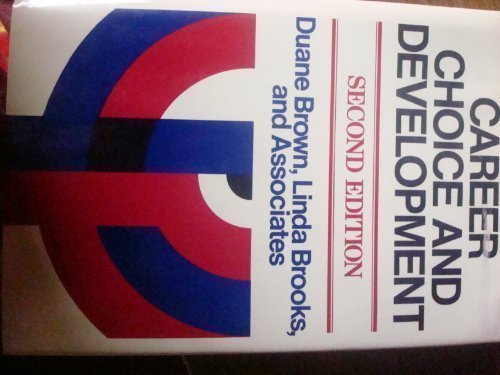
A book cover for Career Choice and Development: Applying Contemporary Theories to Practice (Jossey-Bass Management Series); Duane Brown; Business & Money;